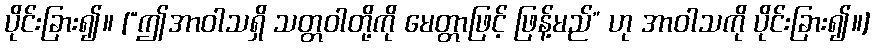
ပိုင်းခြား၍။ [“ဤအာဝါသရှိ သတ္တဝါတို့ကို မေတ္တာဖြင့် ဖြန့်မည်” ဟု အာဝါသကို ပိုင်းခြား၍။]